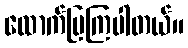
ထောက်ပြကြပါတယ်။